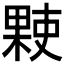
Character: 𬃻